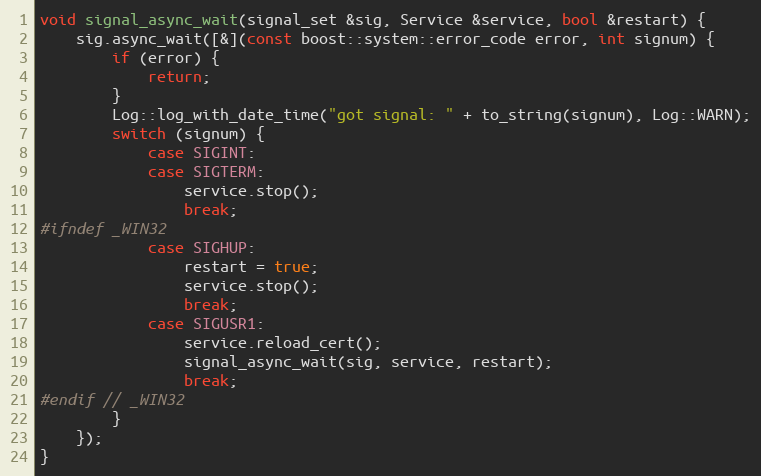
Language: C++
void signal_async_wait(signal_set &sig, Service &service, bool &restart) {
    sig.async_wait([&](const boost::system::error_code error, int signum) {
        if (error) {
            return;
        }
        Log::log_with_date_time("got signal: " + to_string(signum), Log::WARN);
        switch (signum) {
            case SIGINT:
            case SIGTERM:
                service.stop();
                break;
#ifndef _WIN32
            case SIGHUP:
                restart = true;
                service.stop();
                break;
            case SIGUSR1:
                service.reload_cert();
                signal_async_wait(sig, service, restart);
                break;
#endif // _WIN32
        }
    });
}